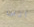
اننى